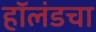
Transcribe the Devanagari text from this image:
हॉलंडचा